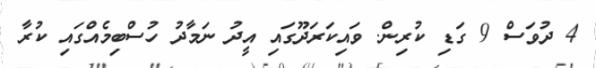
4 ދުވަސް 9 ގަޑި ކުރިން. ވައިކަރަދޫގައި އީދު ނަމާދު ހުސްބިމެއްގައި ކުރާ